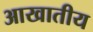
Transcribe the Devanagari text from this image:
आखातीय